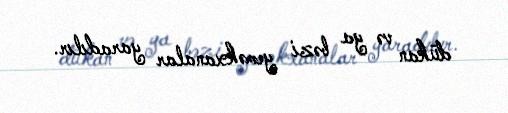
dükan və ya bəzi yeməkxanalar yaradılır.